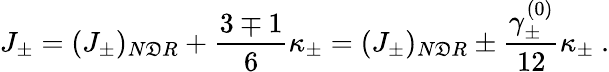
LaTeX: J_{\pm}=(J_{\pm})_{N\mathfrak{D}R}+\frac{{3\mp1}}{{6}}\kappa_{\pm}=(J_{\pm})_{N\mathfrak{D}R}\pm\frac{{\gamma_{\pm}^{(0)}}}{{12}}\kappa_{\pm}~.